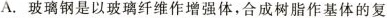
A.玻璃钢是以玻璃纤维作增强体，合成树脂作基体的复